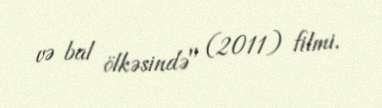
və bal ölkəsində" (2011) filmi.